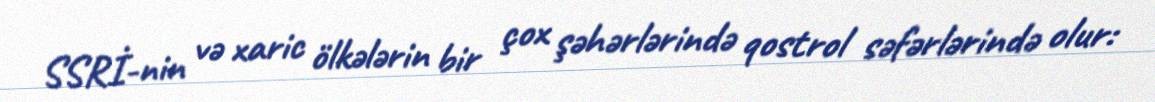
SSRİ-nin və xaric ölkələrin bir çox şəhərlərində qostrol səfərlərində olur: